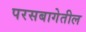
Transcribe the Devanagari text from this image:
परसबागेतील